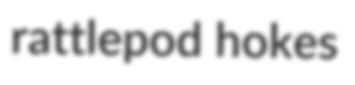
rattlepod hokes